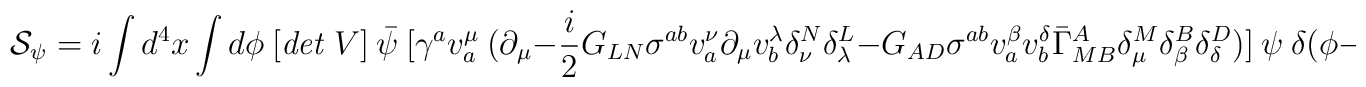
{\cal S}_\psi=i\int d^4x \int d\phi~[{\it det}~V]~\bar{\psi}~[\gamma^{a}v^\mu_a~(\partial_\mu-\frac{i}{2}G_{LN}\sigma^{ab}v^\nu_a\partial_\mu v^\lambda_b\delta^N_\nu\delta^L_\lambda-G_{AD}\sigma^{ab}v^\beta_a v^\delta_b{\bar{\Gamma}_{MB}}^A\delta^M_\mu\delta^B_\beta\delta^D_\delta)]~\psi~\delta(\phi-\pi)